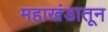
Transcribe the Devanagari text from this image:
महाखंडातून